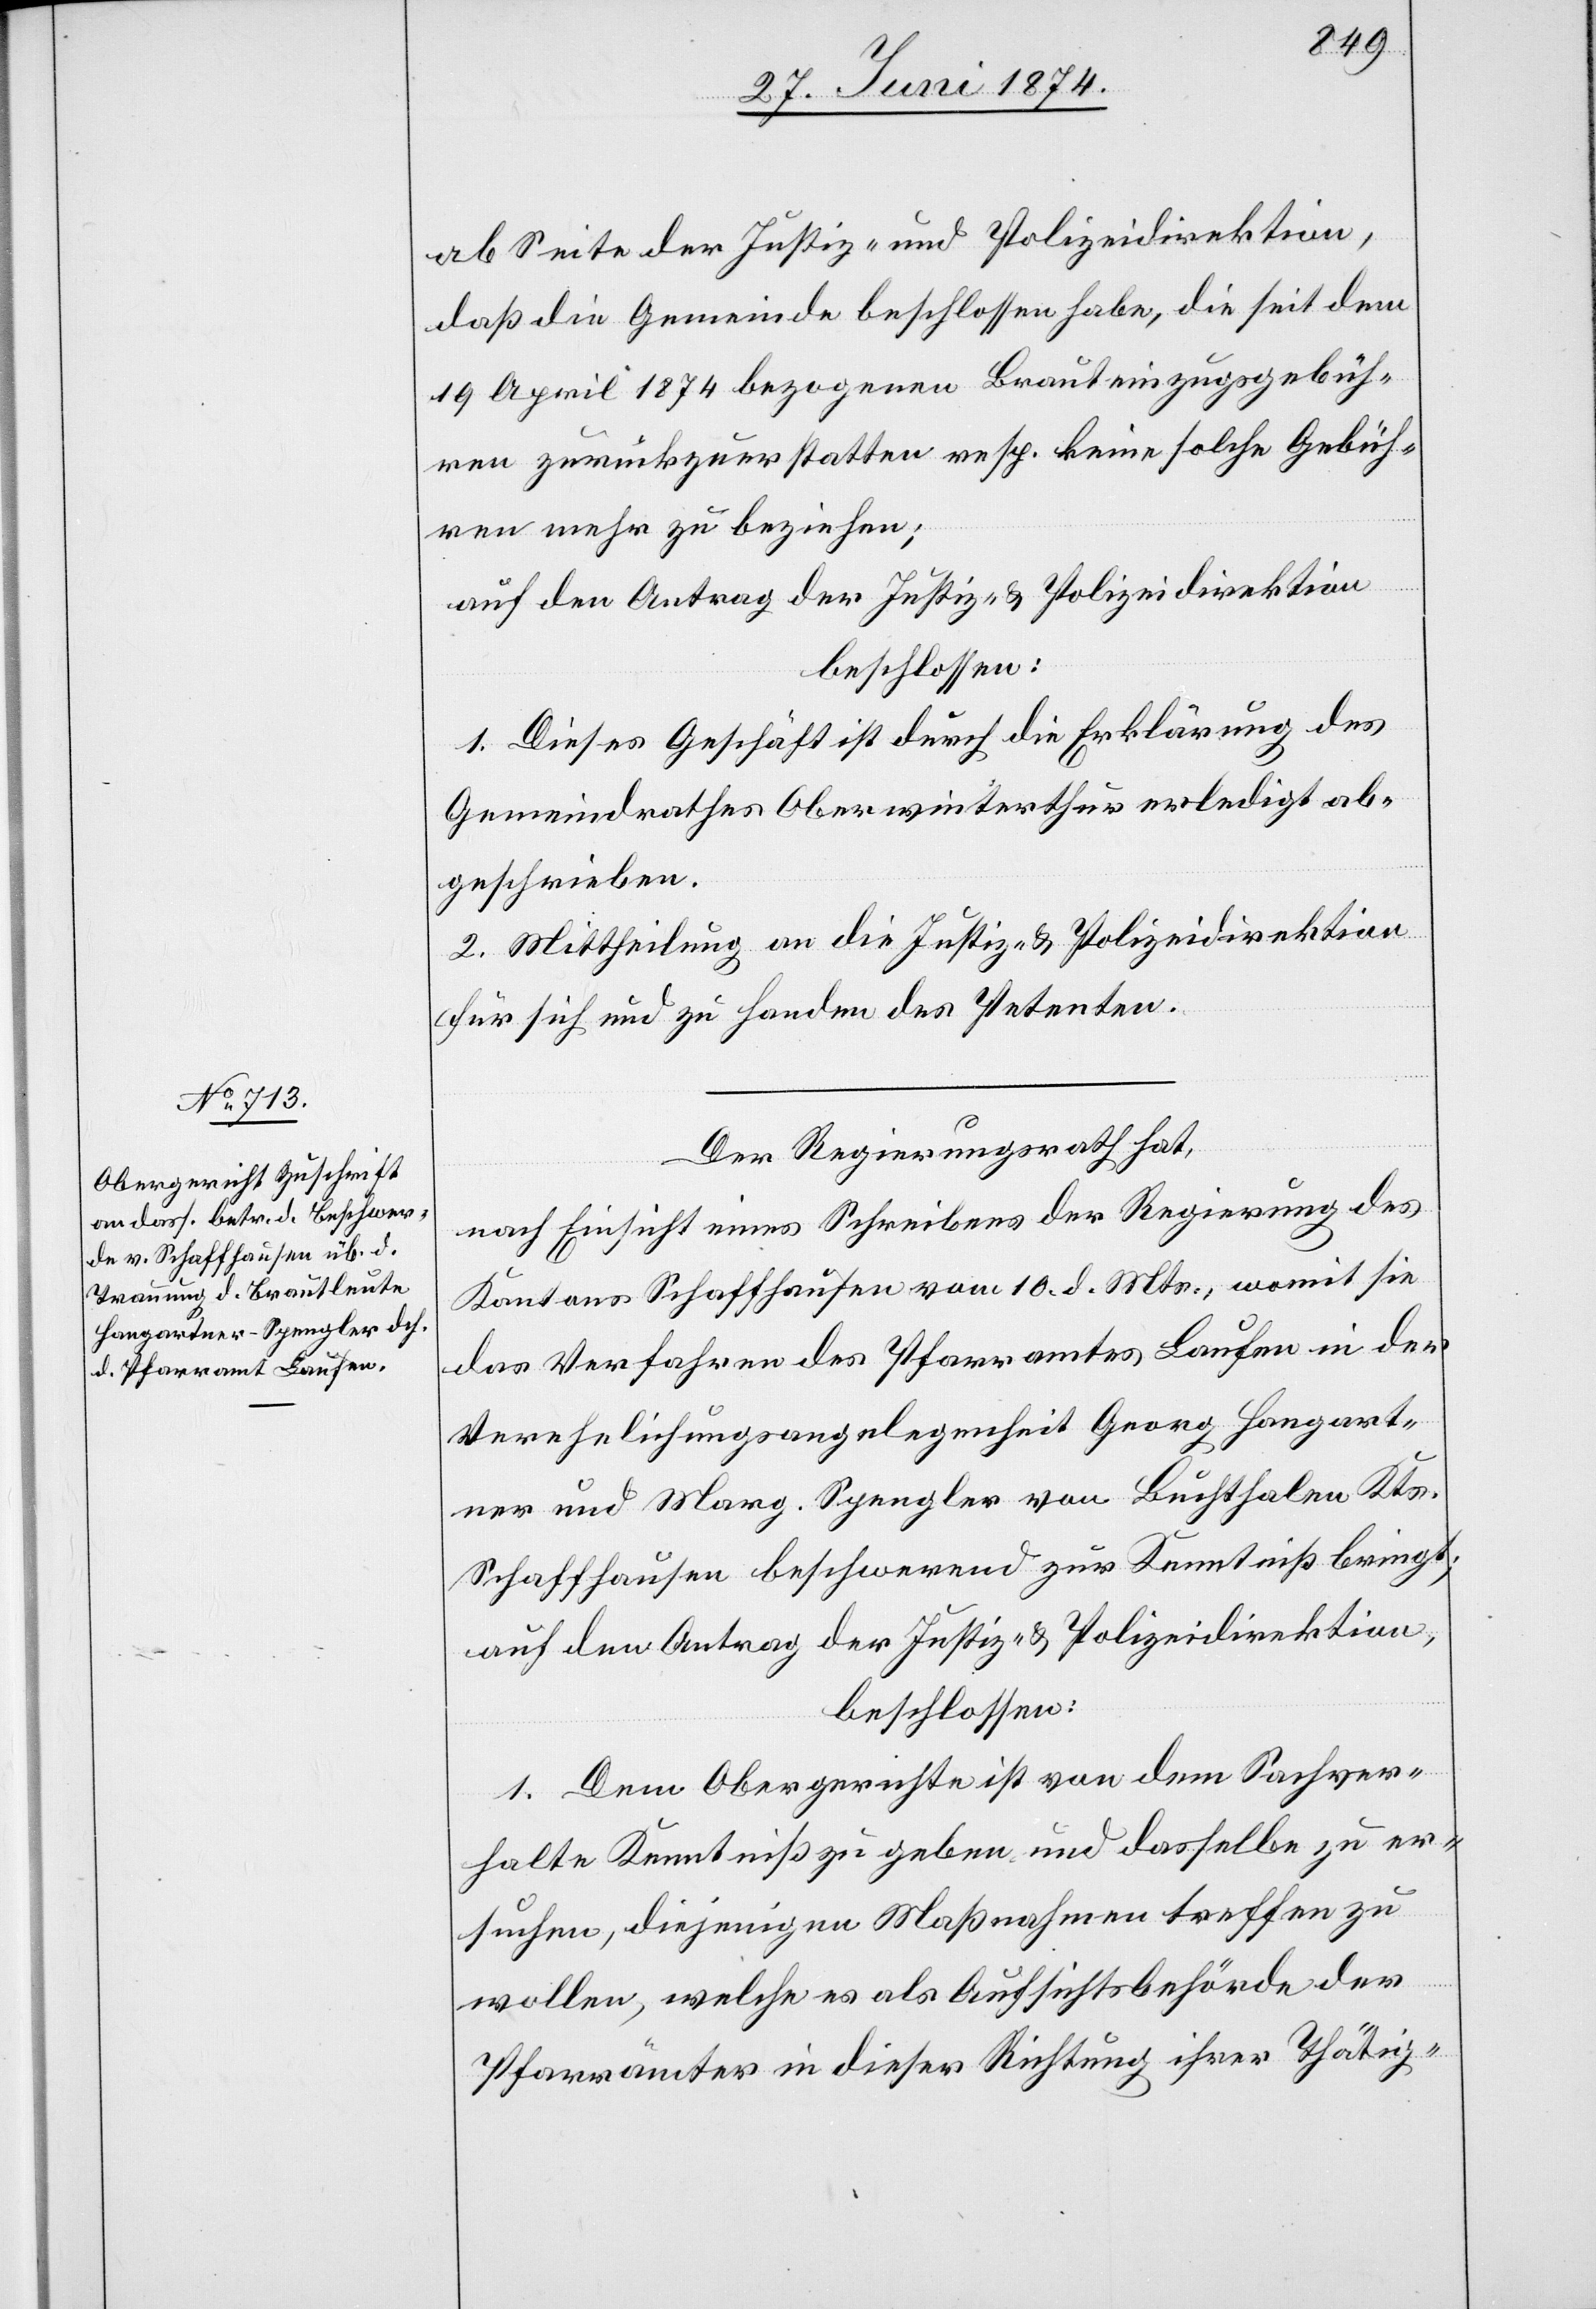
ab Seite der Justiz- und Polizeidirektion,
daß die Gemeinde beschlossen habe, die seit dem
19. April 1874 bezogenen Brauteinzugsgebüh¬
ren zurückzuerstatten resp. keine solchen Gebüh¬
ren mehr zu beziehen;
auf den Antrag der Justiz- u. Polizeidirektion
beschlossen:
1. Dieses Geschäft ist durch die Erklärung des
Gemeindrathes Oberwinterthur erledigt ab¬
geschrieben.
2. Mittheilung an die Justiz- u. Polizeidirektion
für sich und zu Handen des Petenten.
Der Regierungsrath hat,
nach Einsicht eines Schreibens der Regierung des
Kantons Schaffhausen vom 10. d. Mts., womit sie
das Verfahren des Pfarramtes Laufen in der
Verehelichungsangelegenheit Georg Hangart¬
ner und Marg. Spengler von Buchthalen Kts.
Schaffhausen beschwerend zur Kenntniß bringt;
auf den Antrag der Justiz- u. Polizeidirektion,
beschlossen:
1. Dem Obergerichte ist von dem Sachver¬
halte Kenntniß zu geben und dasselbe zu er¬
suchen, diejenigen Maßnahmen treffen zu
wollen, welche es als Aufsichtsbehörde der
Pfarrämter in dieser Richtung ihrer Thätig-